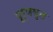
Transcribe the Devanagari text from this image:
पूर्णवृत